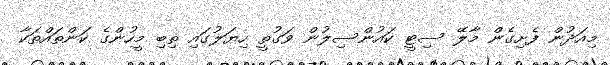
މިއަދުން ފެށިގެން މާލޭ ސިޓީ ކައުންސިލުން ވަގުތީ ހިޔަލުގައި ތިބި މީހުންގެ ކަންތައްތަކާ